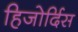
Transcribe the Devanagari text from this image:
हिजोर्दिस